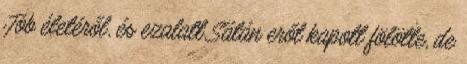
Jób életéről, és ezalatt Sátán erőt kapott fölötte, de